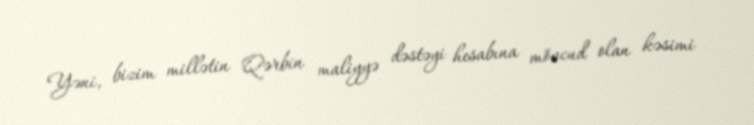
Yəni, bizim millətin Qərbin maliyyə dəstəyi hesabına mövcud olan kəsimi